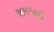
સમજાઇ